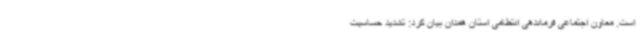
است. معاون اجتماعی فرماندهی انتظامی استان همدان بیان کرد: تشدید حساسیت